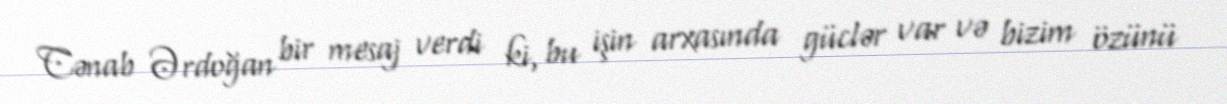
Cənab Ərdoğan bir mesaj verdi ki, bu işin arxasında güclər var və bizim özünü